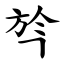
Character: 㫇